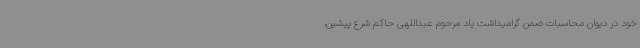
خود در دیوان محاسبات ضمن گرامیداشت یاد مرحوم عبداللهی حاکم شرع پیشین،